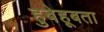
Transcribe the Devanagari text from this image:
हुबेहूबता